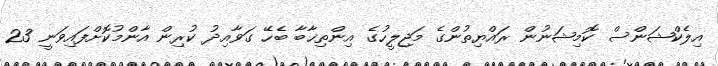
އިލެކްޝަންސް ކޮމިޝަނުން ރައްޔިތުންގެ މަޖިލީހުގެ އިންތިޚާބާ ބެހޭ ގަވާއިދު ކުރިން އާންމުކޮށްފައިވަނީ 23